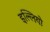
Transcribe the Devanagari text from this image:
इल्लियो